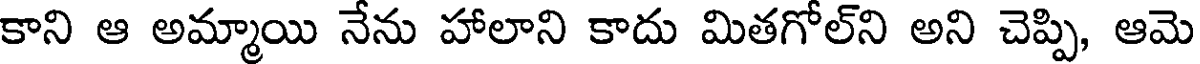
కాని ఆ అమ్మాయి నేను హాలాని కాదు మితగోల్ని అని చెప్పి, ఆమె